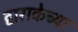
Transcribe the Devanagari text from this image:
द्वाराकेच्या